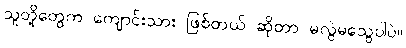
သူတို့တွေက ကျောင်းသား ဖြစ်တယ် ဆိုတာ မလွဲမသွေပါပဲ။